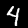
Digit: 4